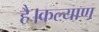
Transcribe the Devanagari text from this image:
है।कल्याण